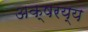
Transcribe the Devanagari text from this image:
अक्षरय्य